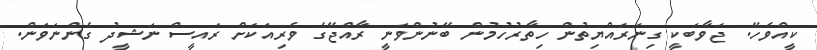
ކީއްވެހޭ. ޖަވާބަކީ ގިނަރައްޔިތުން ހިތާރުހުމުން ބޭނުންވަނީ ރާއްޖޭގެ ވެރިއަކަށް ރައީސް ނަޝީދު ގެންނަވަން.